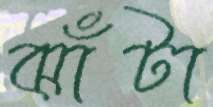
ঝাঁটা